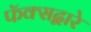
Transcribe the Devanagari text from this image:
फॅक्सद्वारे